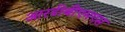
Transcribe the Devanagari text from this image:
आरडीबीएमएस